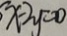
x - 2 y = 0